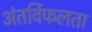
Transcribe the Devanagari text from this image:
अंतर्विफलता